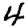
Digit: 4